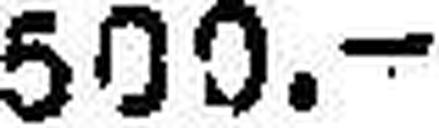
500.—